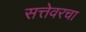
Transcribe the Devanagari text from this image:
सत्तेवरचा